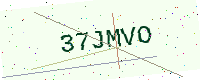
Text: 37JMVO